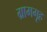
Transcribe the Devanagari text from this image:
ग्रामगृह